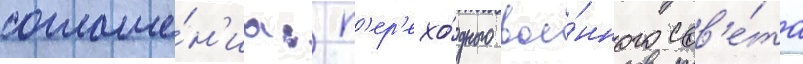
соглаше́н'иа: п'ер'ехо́дного вое́нного сов'е́та